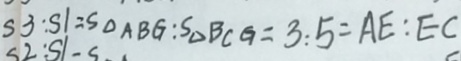
S 3 : S 1 = S _ { \Delta } A B G : S _ { \Delta } B C G = 3 : 5 = A E : E C